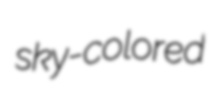
sky-colored